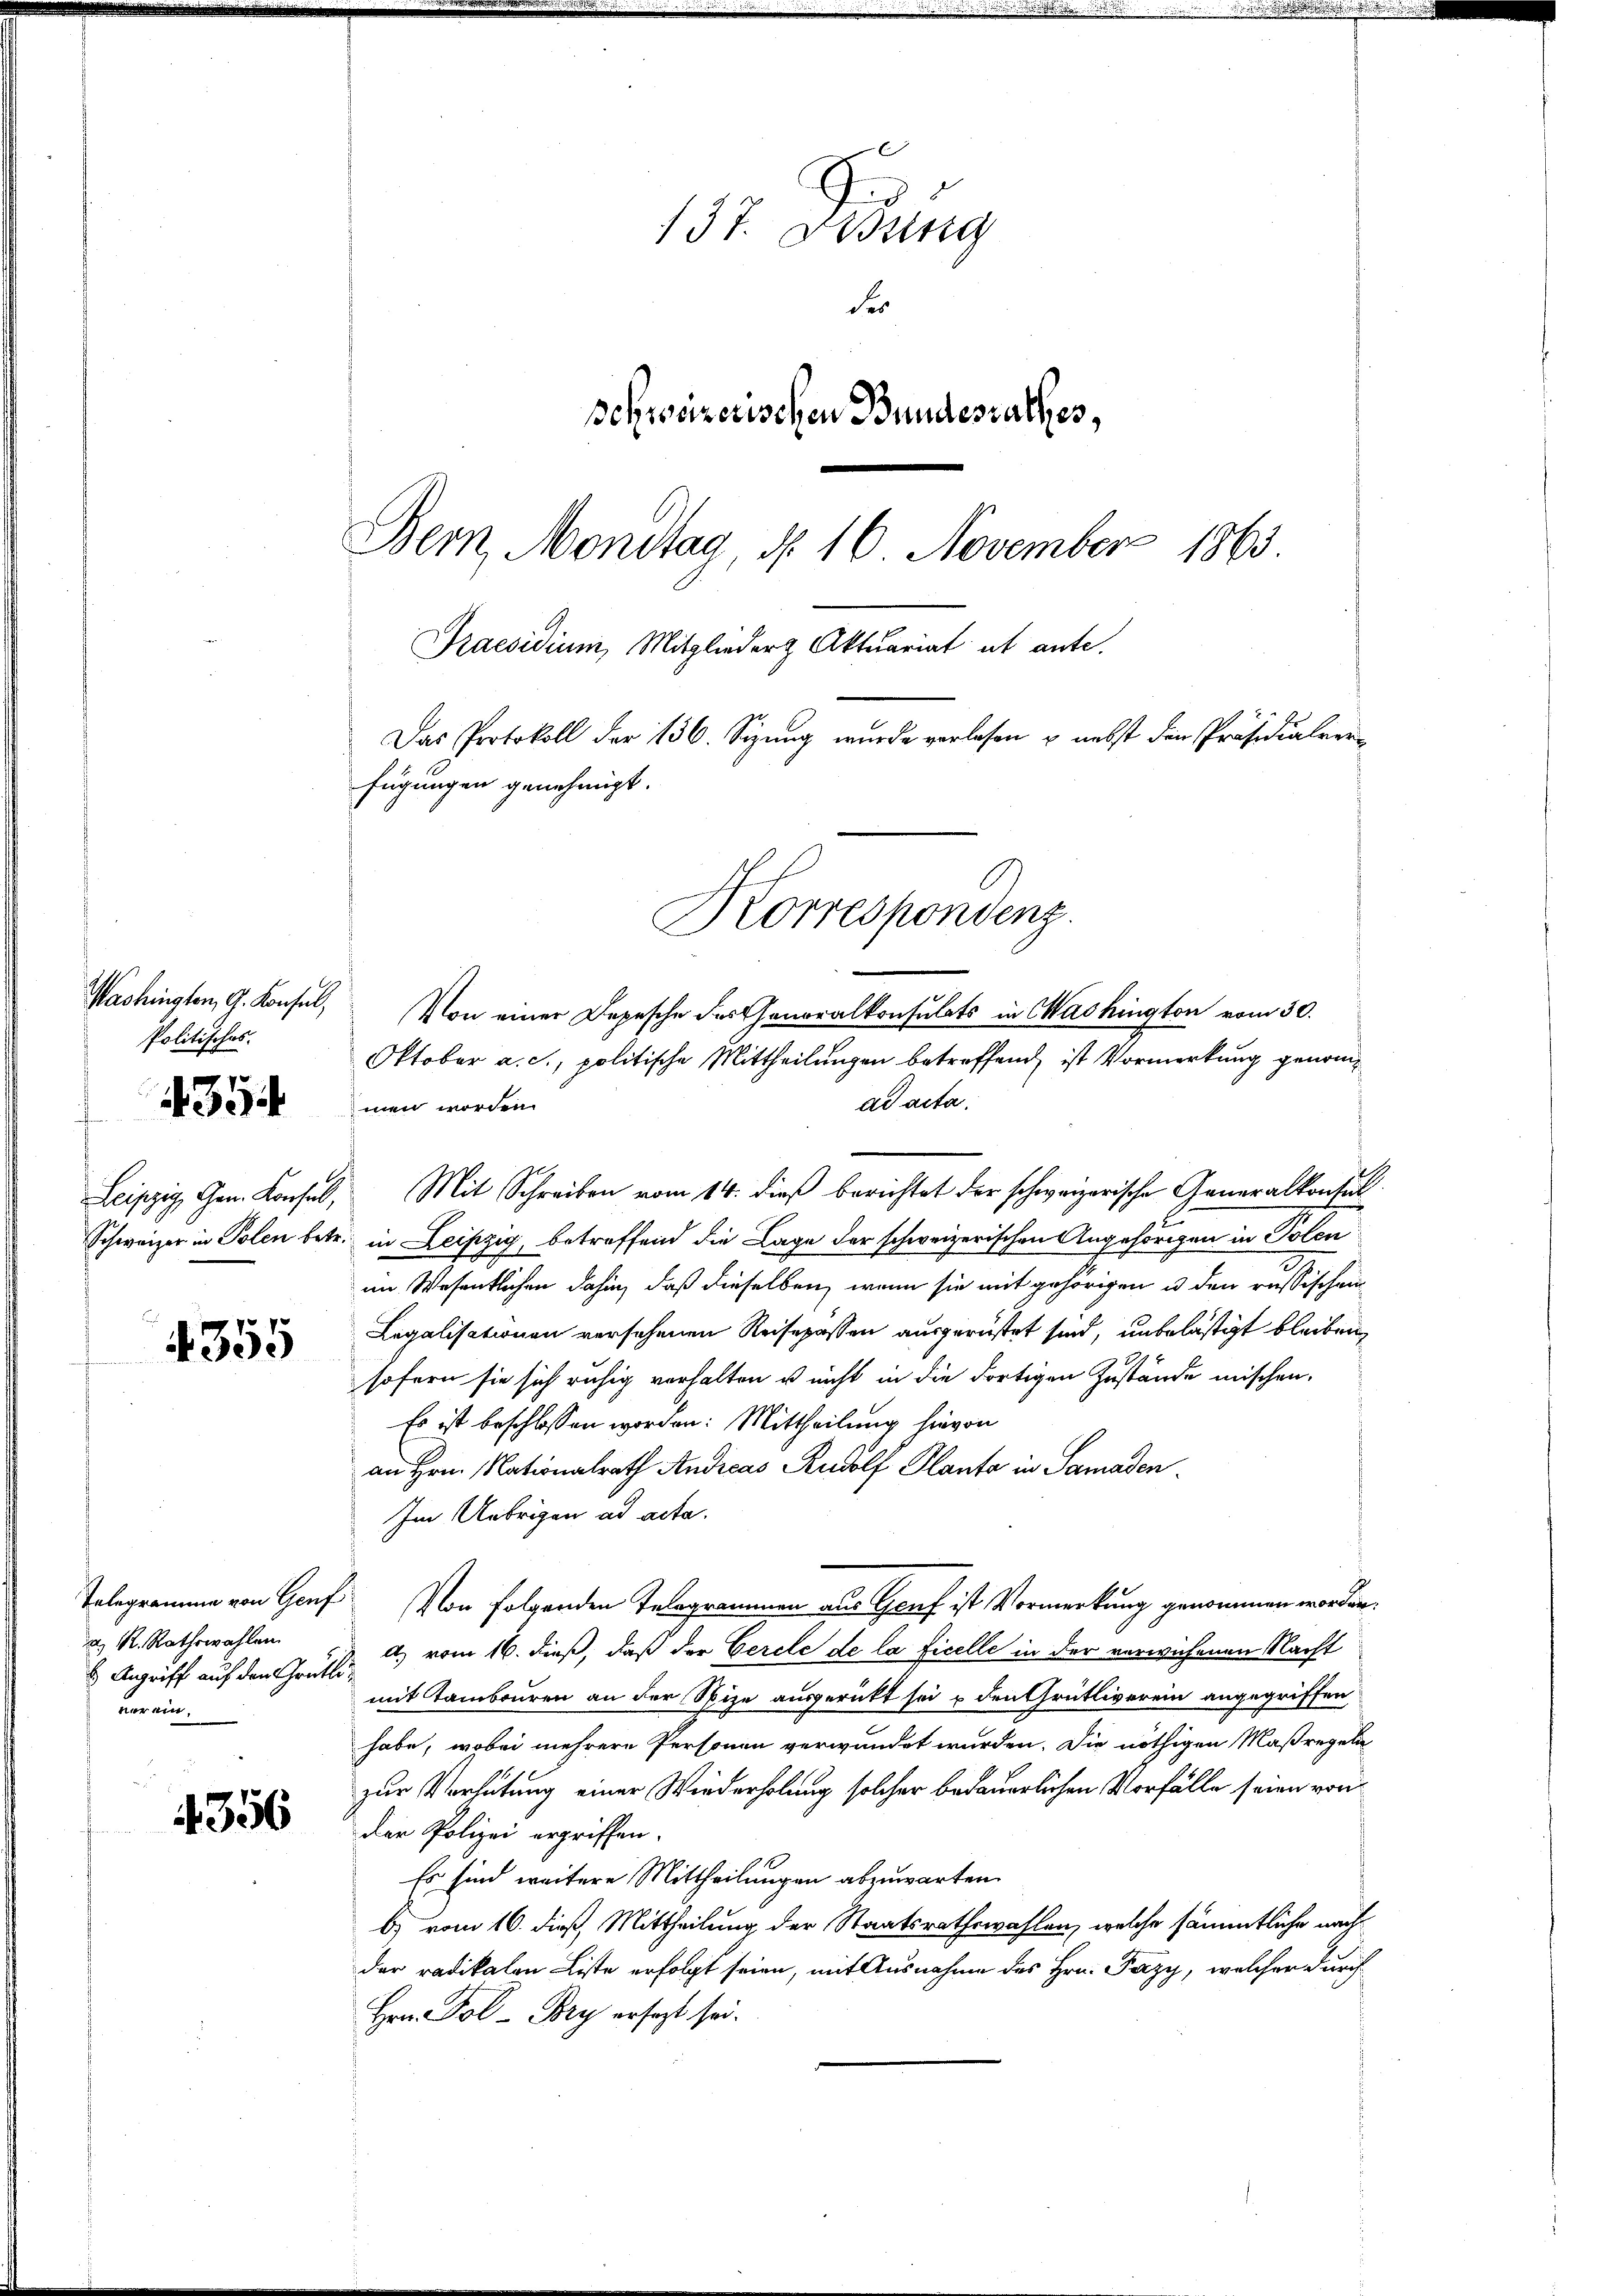
Washingten, G. Konsul,
Politisches.
4354

Leipzig, Gen. Konsul,
Schweizer in Polen betr.

355

Telegramme von Genf
a R. Rathswahlen.
 Angriff auf den Grütte.
verein.

356

137. Dessing
Fr
schweizerischen Bundesrathes,
Bern, Mondtag d. 16 November 1863
Praesidium, Mitglieder Aktuariat ab ante.
Das Protokoll der 136. Sizung wurde vorlesen u. nebst den Präsidialver
fügungen genehmigt.

Von einer Depesche des Generalkonsulats in Washington vom 30.
Oktober a. c., politische Mittheilungen betreffend ist Vormerkung genomad acta.
men worden.
Mit Schreiben vom 14. dieß berichtet der schweizerische Generalkonsul
betreffend die Lage der schweizerischen Angehörden in Polen
in Leipzig,
im Wesentlichen dahin, daß dieselben, wenn sie mit gehörigen u den russischein
Legalisationen versehenen Reisepassen ausgerüstet sind, unbelästigt bleiben,
sofern sie sich ruhig verhalten u nicht in die dortigen Zustände mischen.
Es ist beschlossen worden: Mittheilung hievon
an Hrn. Nationalrath Andreas Rudolf Planta in Samaden.
Im Uebrigen ad acta.
Von folgenden Telegrammen aus Graf ist Vormerkung genommen worden.
a) vom 16. dieß, daß der Cerele de la ficelle in der verwichenen Nacht
mit Tambouren an der Spize ausgerückt sei u den Grütliverein angegriffen
habe, wobei mehrere Personen verwundet wurden. Die nöthigen Maßregeln
zur Verhütung einer Wiederholung solcher bedauerlichen Vorfälle seien von
der Polizei ergriffen.
Es sind weitere Mittheilungen abzuwarten.
b) vom 16. dieß, Mittheilung der Staatsrathswahlen, welche sämmtliche nachder radikalen Liste erfolgt seien, mit Ausnahme des Hrn. Pazy, welcher durch
Hrn. Fol-Pory ersagt sei.

Korrespondenz.